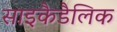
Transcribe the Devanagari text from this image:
साइकैडैलिक